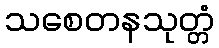
သစေတနသုတ္တံ